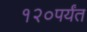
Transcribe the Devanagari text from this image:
१२०पर्यंत